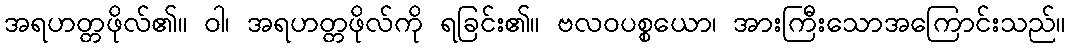
အရဟတ္တဖိုလ်၏။ ဝါ၊ အရဟတ္တဖိုလ်ကို ရခြင်း၏။ ဗလဝပစ္စယော၊ အားကြီးသောအကြောင်းသည်။